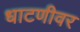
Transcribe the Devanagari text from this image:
धाटणीवर